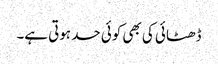
ڈھٹائی کی بھی کوئی حد ہوتی ہے۔